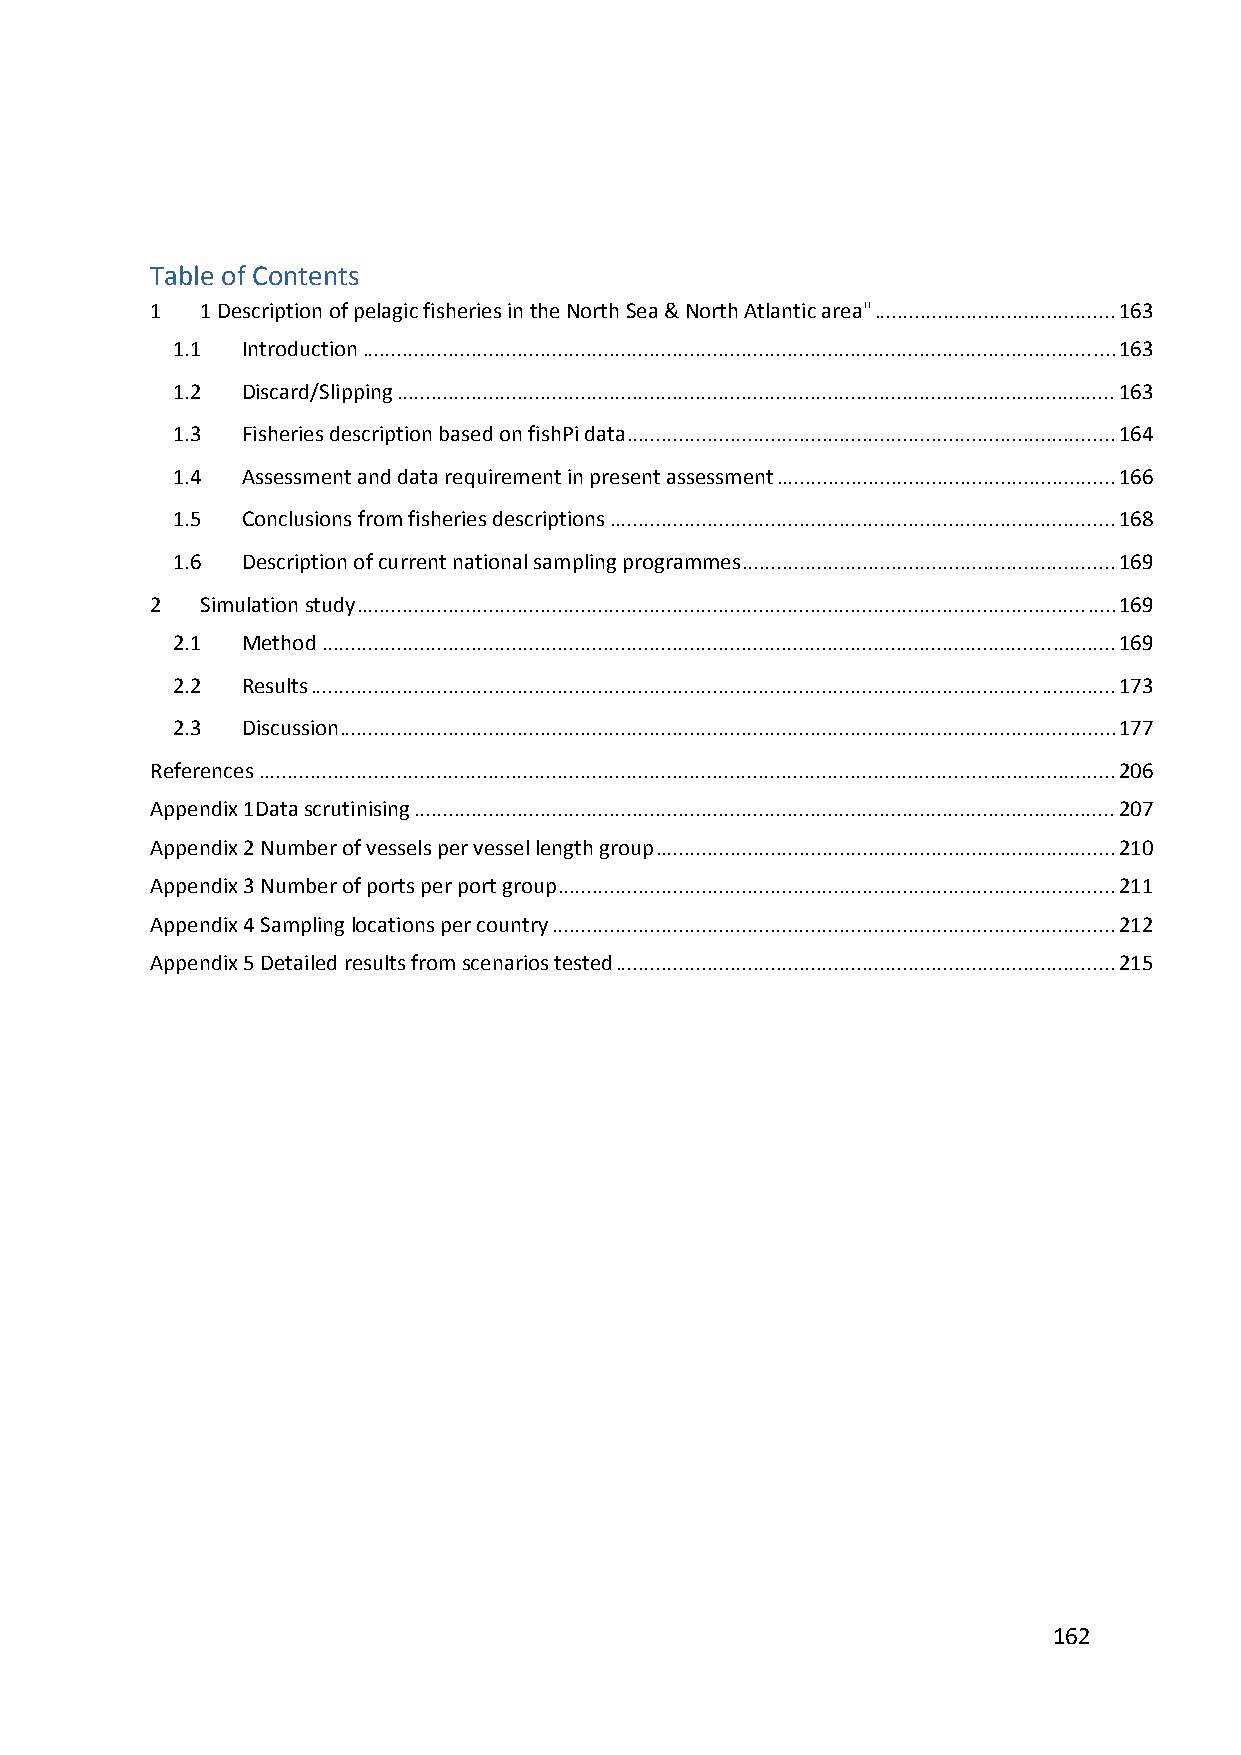
Table of Contents
 1  1 Description of pelagic fisheries in the North Sea & North Atlantic area" .......................................... 163
 1.1  Introduction ................................................................................................................................... 163
 1.2  Discard/Slipping ............................................................................................................................. 163
 1.3  Fisheries description based on fishPi data ..................................................................................... 164
 1.4  Assessment and data requirement in present assessment ........................................................... 166
 1.5  Conclusions from fisheries descriptions ........................................................................................ 168
 1.6  Description of current national sampling programmes ................................................................. 169
 2  Simulation study .................................................................................................................................... 169
 2.1  Method .......................................................................................................................................... 169
 2.2  Results ............................................................................................................................................ 173
 2.3  Discussion ....................................................................................................................................... 177
 References ..................................................................................................................................................... 206
 Appendix 1Data scrutinising .......................................................................................................................... 207
 Appendix 2 Number of vessels per vessel length group ................................................................................ 210
 Appendix 3 Number of ports per port group ................................................................................................. 211
 Appendix 4 Sampling locations per country .................................................................................................. 212
 Appendix 5 Detailed results from scenarios tested ....................................................................................... 215
 162